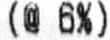
(@ 6%)